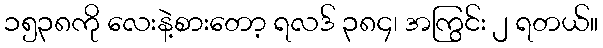
၁၅၃၈ကို လေးနဲ့စားတော့ ရလဒ် ၃၈၄၊ အကြွင်း ၂ ရတယ်။